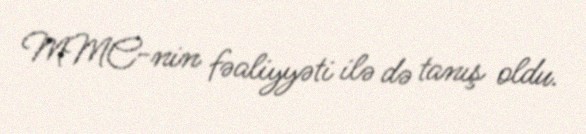
MMC-nin fəaliyyəti ilə də tanış oldu.